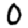
Digit: 0